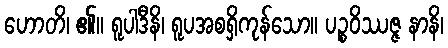
ဟောတိ၊ ၏။ ရူပါဒီနိ၊ ရူပအစရှိကုန်သော။ ပဉ္စဝိဿဇ္ဇ နာနိ၊